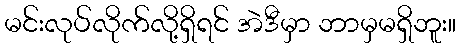
မင်းလုပ်လိုက်လို့ရှိရင် အဲဒီမှာ ဘာမှမရှိဘူး။